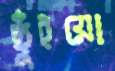
ছুঁইয়ো